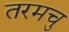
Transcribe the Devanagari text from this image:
तरमचु